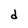
Character: d